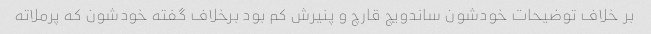
بر خلاف توضیحات خودشون ساندویچ قارچ و پنیرش کم بود برخلاف گفته خودشون که پرملاته